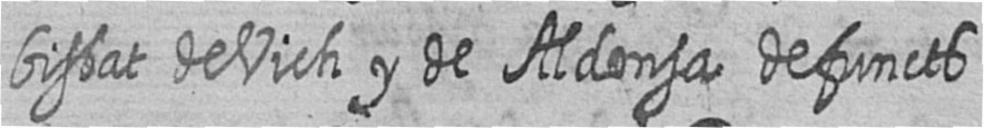
bisbat de Vich y de Aldonsa defuncts